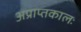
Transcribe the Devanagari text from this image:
अप्राप्तकालः